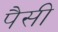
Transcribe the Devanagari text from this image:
पैसी